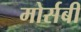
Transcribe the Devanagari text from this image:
मोर्सबी